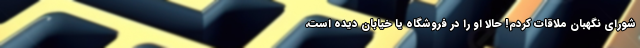
شورای نگهبان ملاقات کردم! حالا او را در فروشگاه یا خیابان دیده است،